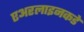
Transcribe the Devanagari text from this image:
एअरलाइनकडे